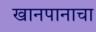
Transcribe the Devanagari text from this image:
खानपानाचा